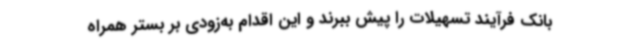
بانک فرآیند تسهیلات را پیش ببرند و این اقدام به‌زودی بر بستر همراه